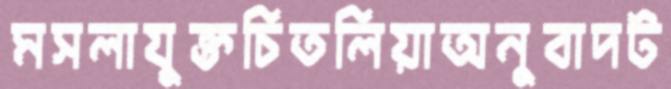
মসলাযুক্তচিতলিয়াঅনুবাদট